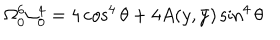
\Omega _ { 0 } ^ { 6 } \alpha _ { 0 } ^ { 4 } = 4 \cos ^ { 4 } \theta + 4 A ( y , \bar { y } ) \sin ^ { 4 } \theta